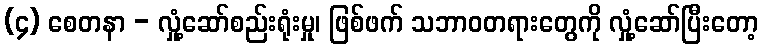
(၄) စေတနာ - လှုံ့ဆော်စည်းရုံးမှု၊ ဖြစ်ဖက် သဘာဝတရားတွေကို လှုံ့ဆော်ပြီးတော့